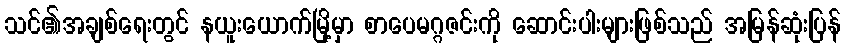
သင်၏အချစ်ရေးတွင် နယူးယောက်မြို့မှာ စာပေမဂ္ဂဇင်းကို ဆောင်းပါးများဖြစ်သည် အမြန်ဆုံးပြန်